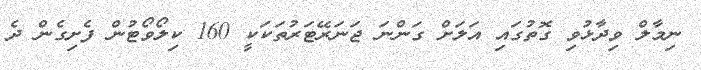
ނިމާލް ވިދާޅުވި ގޮތުގައި އަލަށް ގަންނަ ޖަނަރޭޓަރުތަކަކީ 160 ކިލޯވޯޓުން ފެށިގެން ދެ